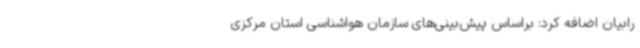
رابیان اضافه کرد: براساس پیش‌بینی‌های سازمان هواشناسی استان مرکزی